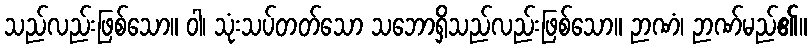
သည်လည်းဖြစ်သော။ ဝါ၊ သုံးသပ်တတ်သော သဘောရှိသည်လည်းဖြစ်သော။ ဉာဏံ၊ ဉာဏ်မည်၏။